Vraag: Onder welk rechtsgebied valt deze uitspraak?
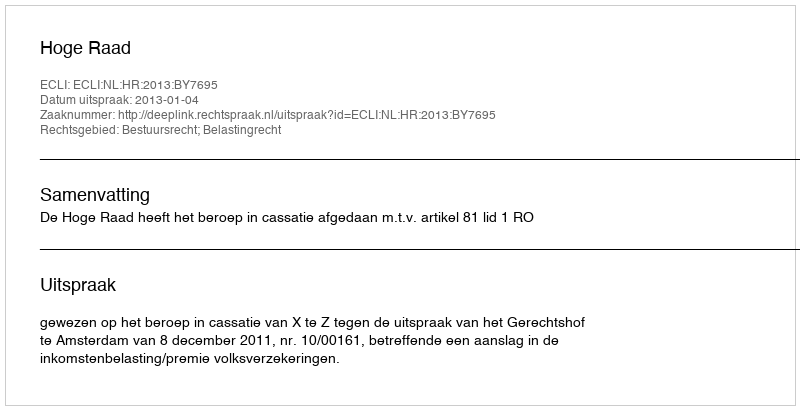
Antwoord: Bestuursrecht; Belastingrecht